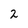
Character: 2